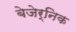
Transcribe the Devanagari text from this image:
बेजेर्निक